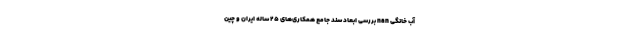
آب خانگی nan بررسی ابعاد سند جامع همکاری‌های ۲۵ ساله ایران و چین